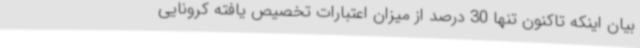
بیان اینکه تاکنون تنها 30 درصد از میزان اعتبارات تخصیص یافته کرونایی